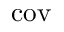
\operatorname { c o v }